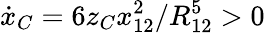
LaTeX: \dot{x}_{C}=6z_{C}x_{12}^{2}/R_{12}^{5}>0